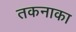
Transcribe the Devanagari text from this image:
तकनाका